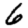
Digit: 6